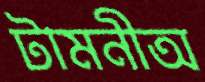
টামনীঅ